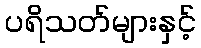
ပရိသတ်များနှင့်